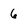
Character: 6